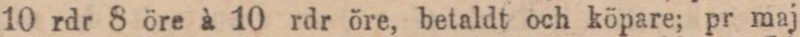
10 rdr 8 öre à 10 rdr öre, betaldt och köpare; pr maj